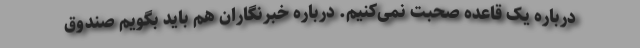
درباره یک قاعده صحبت نمی‌کنیم. درباره خبرنگاران هم باید بگویم صندوق